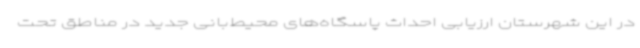
در این شهرستان ارزیابی احداث پاسگاه‌های محیط‌بانی جدید در مناطق تحت